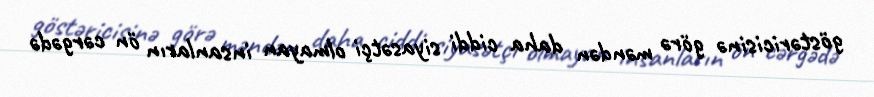
göstəricisinə görə məndən daha ciddi siyasətçi olmayan insanların ön cərgədə